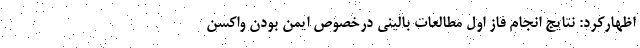
اظهارکرد: نتایج انجام فاز اول مطالعات بالینی درخصوص ایمن بودن واکسن